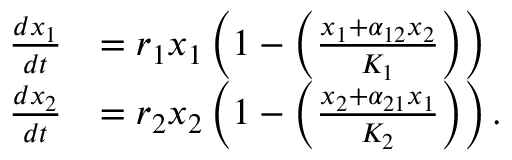
{ \begin{array} { r l } { { \frac { d x _ { 1 } } { d t } } } & { = r _ { 1 } x _ { 1 } \left( 1 - \left( { \frac { x _ { 1 } + \alpha _ { 1 2 } x _ { 2 } } { K _ { 1 } } } \right) \right) } \\ { { \frac { d x _ { 2 } } { d t } } } & { = r _ { 2 } x _ { 2 } \left( 1 - \left( { \frac { x _ { 2 } + \alpha _ { 2 1 } x _ { 1 } } { K _ { 2 } } } \right) \right) . } \end{array} }